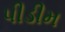
પીડીમ